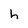
Character: h